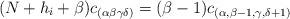
LaTeX: \begin{align*}(N+h_i+\beta)c_{(\alpha\beta\gamma\delta)}=(\beta-1)c_{(\alpha,\beta-1,\gamma,\delta+1)}\end{align*}